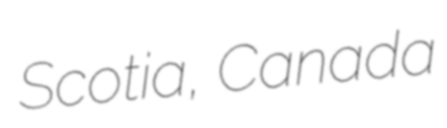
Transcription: Scotia, Canada